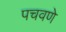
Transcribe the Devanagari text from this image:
पचवणे